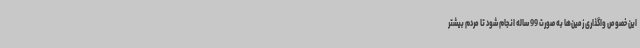
این خصوص واگذاری زمین‌ها به صورت 99 ساله انجام شود تا مردم بیشتر